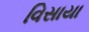
વિસાયા